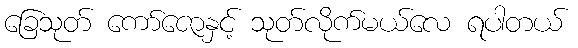
ခြေသုတ် ကော်ဇောနှင့် သုတ်လိုက်မယ်လေ ရပါတယ်